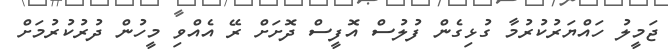
ޖަމީލު ހައްޔަރުކުރުމާ ގުޅިގެން ފުލުސް އޮފީސް ދޮށަށް ރޭ އެއްވި މީހުން ދުރުކުރުމަށް